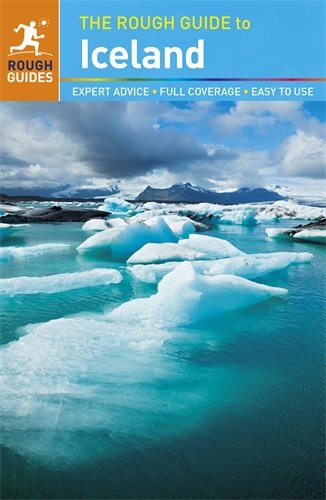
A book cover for The Rough Guide to Iceland; David Leffman; Travel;